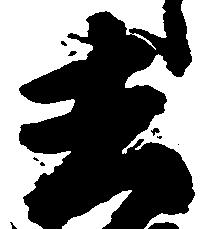
去